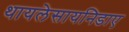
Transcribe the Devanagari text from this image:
थायलेसायनिडाए